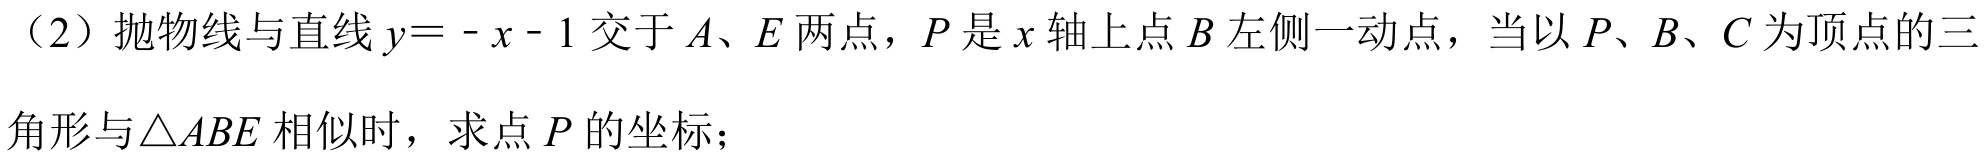
（2）抛物线与直线\(y = - x - 1\)交于\(A、E\)两点，\(P\)是\(x\)轴上点\(B\)左侧一动点，当以\(P、B、C\)为顶点的三角形与\(\triangle ABE\)相似时，求点\(P\)的坐标；